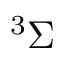
^ { 3 } \ensuremath { \Sigma }